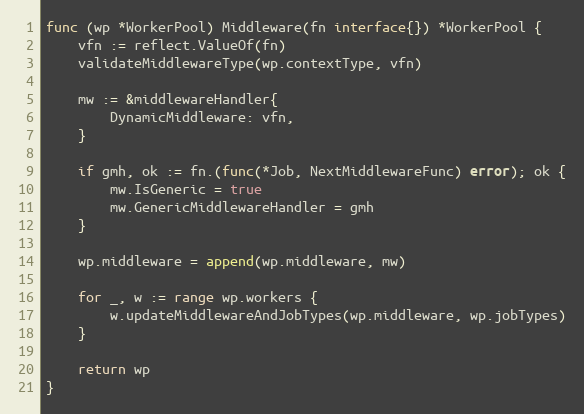
Language: Go
func (wp *WorkerPool) Middleware(fn interface{}) *WorkerPool {
	vfn := reflect.ValueOf(fn)
	validateMiddlewareType(wp.contextType, vfn)

	mw := &middlewareHandler{
		DynamicMiddleware: vfn,
	}

	if gmh, ok := fn.(func(*Job, NextMiddlewareFunc) error); ok {
		mw.IsGeneric = true
		mw.GenericMiddlewareHandler = gmh
	}

	wp.middleware = append(wp.middleware, mw)

	for _, w := range wp.workers {
		w.updateMiddlewareAndJobTypes(wp.middleware, wp.jobTypes)
	}

	return wp
}